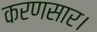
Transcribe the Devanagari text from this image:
करणसार।